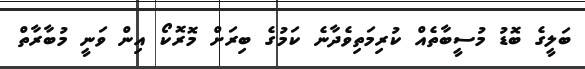
ބަލީގެ ބޮޑު މުސީބާތެއް ކުރިމަތިވެދާނެ ކަމުގެ ބިރަށް މޮރޮކޯ އިން ވަނީ މުބާރާތް